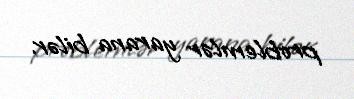
problemlər yarana bilər.